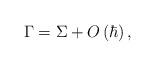
LaTeX: \begin{align*}\Gamma =\Sigma +O\left( \hbar \right) , \end{align*}